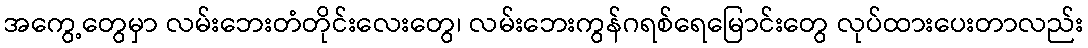
အကွေ့တွေမှာ လမ်းဘေးတံတိုင်းလေးတွေ၊ လမ်းဘေးကွန်ဂရစ်ရေမြောင်းတွေ လုပ်ထားပေးတာလည်း